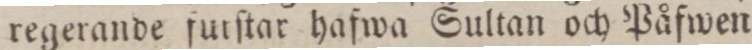
regerande furſtar hafwa Sultan och Påfwen